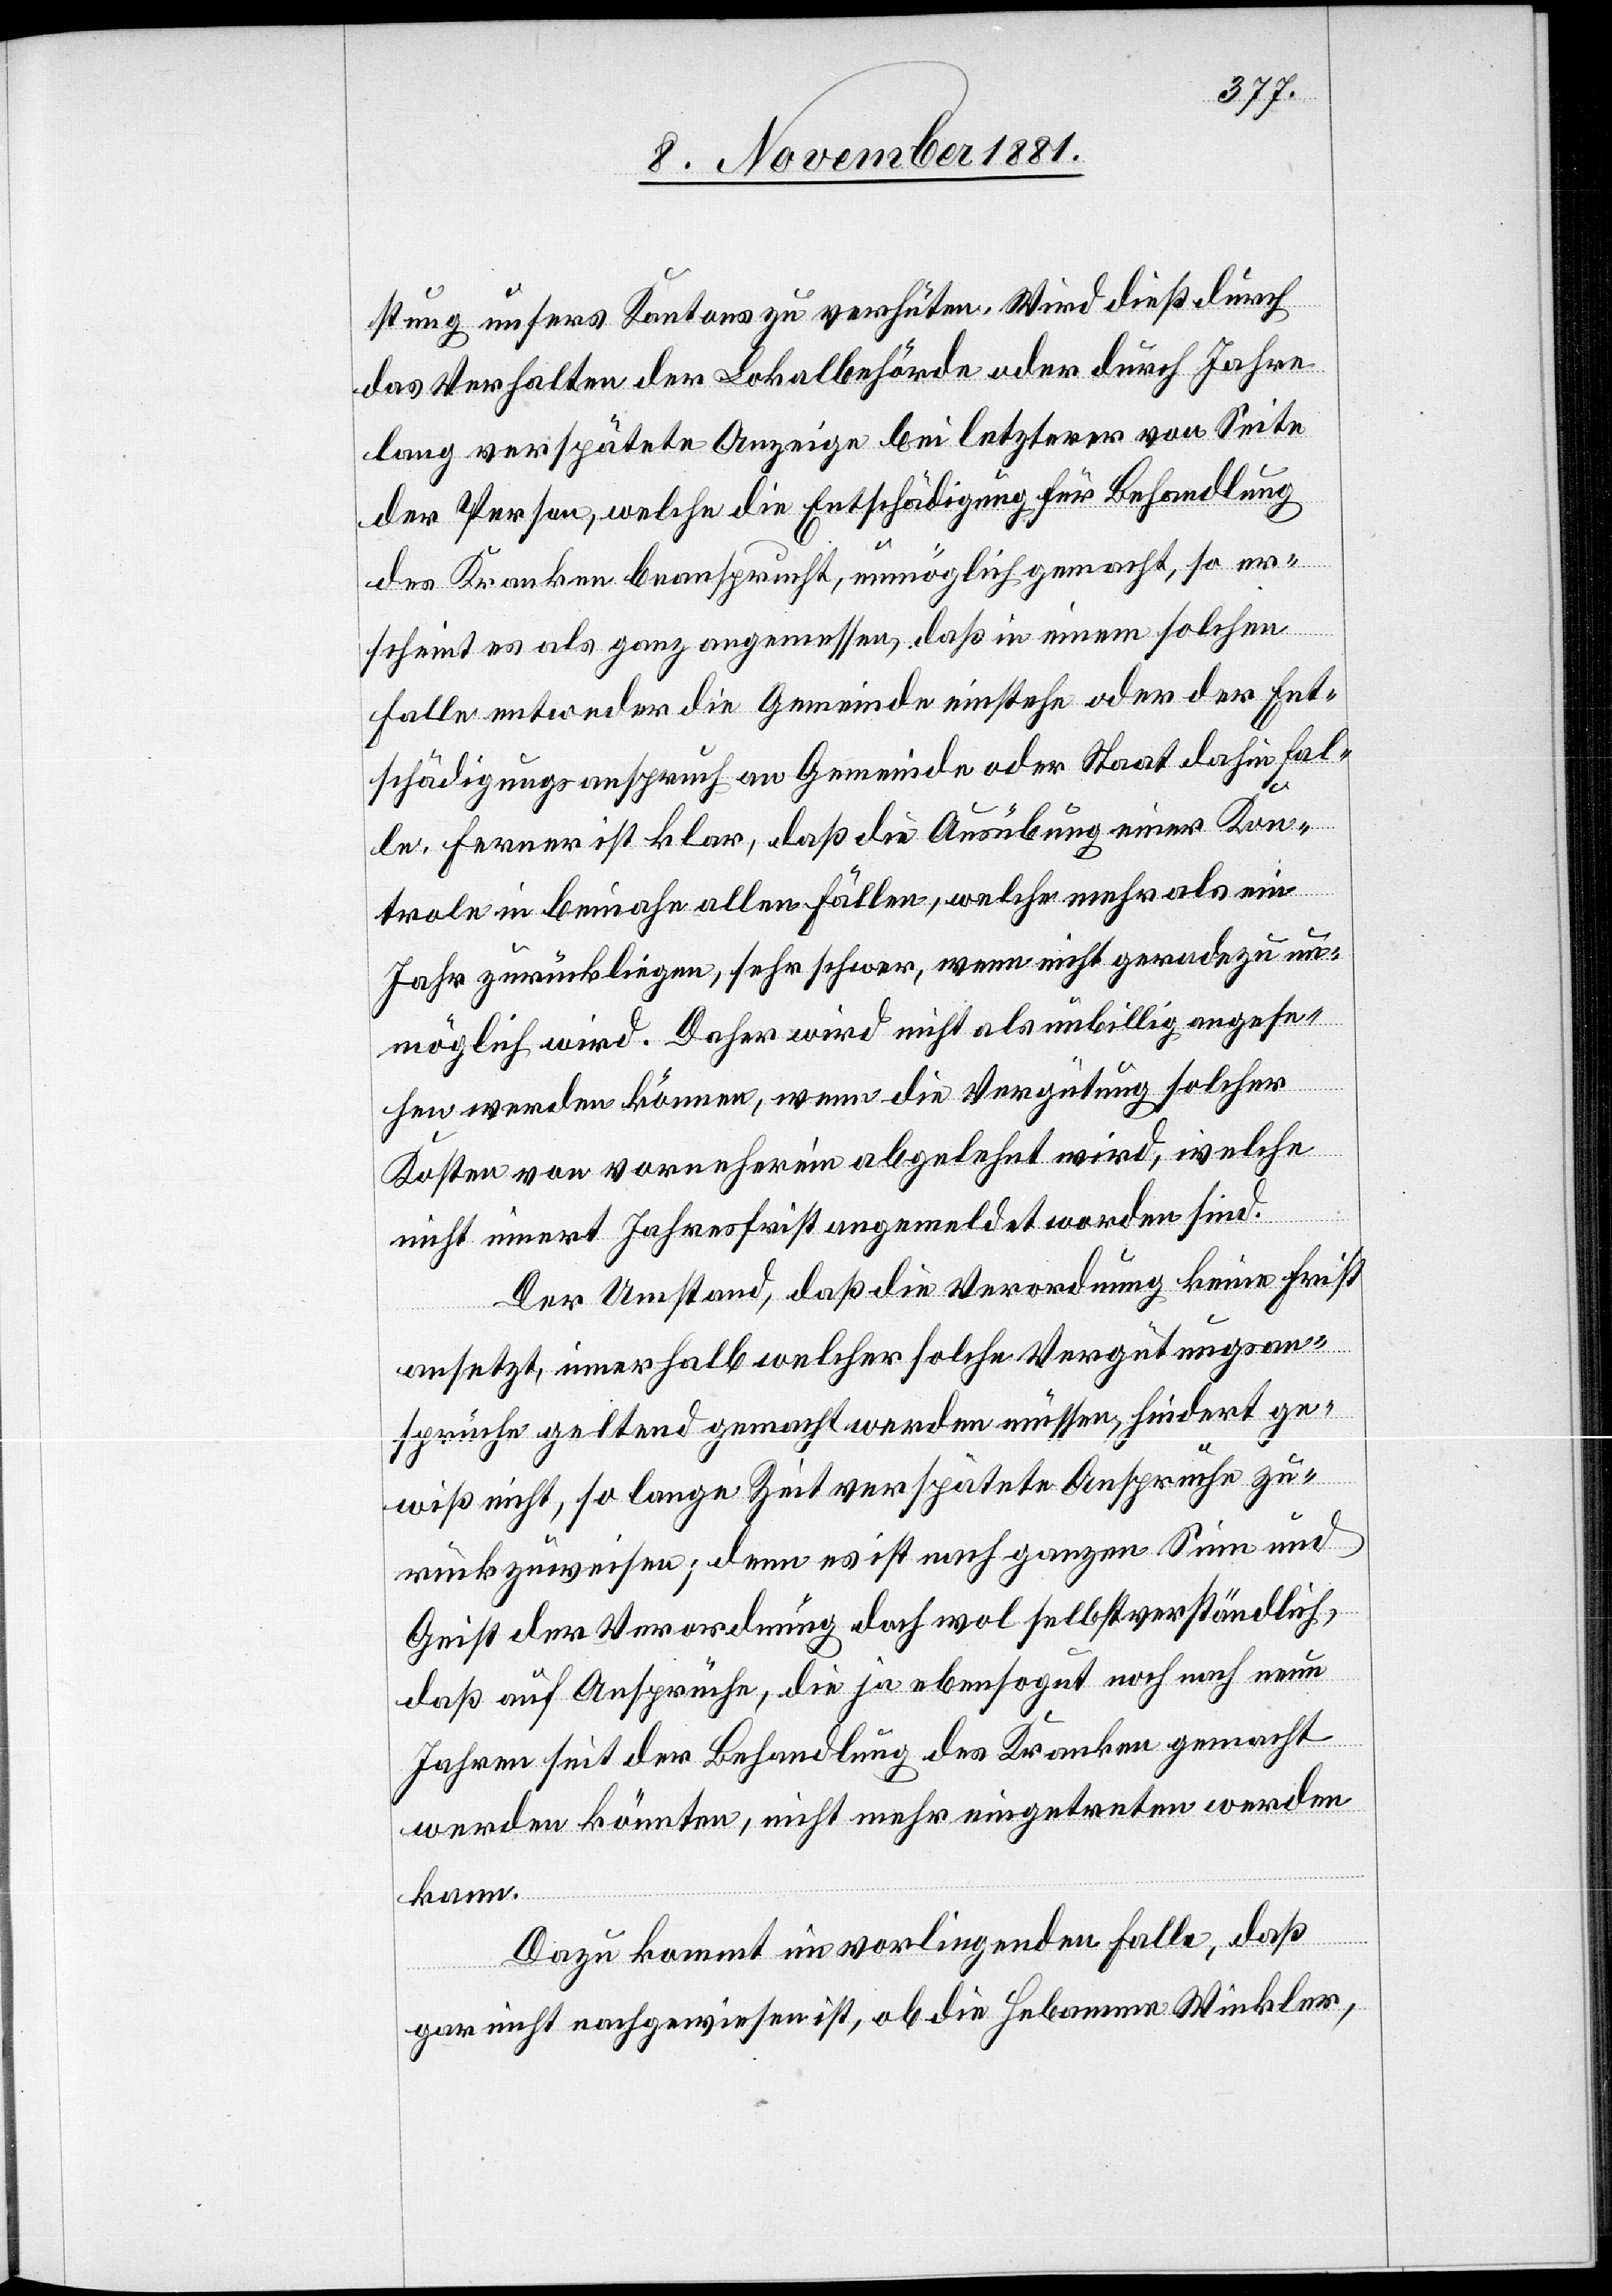
stung unsers Kantons zu verhüten. Wird dieß durch
das Verhalten der Lokalbehörde oder durch Jahre
lang verspätete Anzeige bei letzterer von Seite
der Person, welche die Entschädigung für Behandlung
des Kranken beansprucht, unmöglich gemacht, so er¬
scheint es als ganz angemessen, daß in einem solchen
Falle entweder die Gemeinde einstehe oder der Ent¬
schädigungsanspruch an Gemeinde oder Staat dahin fal¬
le. Ferner ist klar, daß die Ausübung einer Kon¬
trole in beinahe allen Fällen, welche mehr als ein
Jahr zurückliegen, sehr schwer, wenn nicht geradezu un¬
möglich wird. Daher wird nicht als unbillig angese¬
hen werden können, wenn die Vergütung solcher
Kosten von vorneherein abgelehnt wird, welche
nicht innert Jahresfrist angemeldet worden sind.
Der Umstand, daß die Verordnung keine Frist
ansetzt, innerhalb welcher solche Vergütungsan¬
sprüche geltend gemacht werden müssen, hindert ge¬
wiß nicht, so lange Zeit verspätete Ansprüche zu¬
rückzuweisen; denn es ist nach ganzen Sinn und
Geist der Verordnung doch wol selbstverständlich,
daß auf Ansprüche, die ja ebensogut noch nach neun
Jahren seit der Behandlung des Kranken gemacht
werden könnten, nicht mehr eingetreten werden
kann.
Dazu kommt im vorliegenden Falle, daß
gar nicht nachgewiesen ist, ob die Hebamme Winkler,